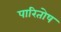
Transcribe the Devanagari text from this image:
पारितोष